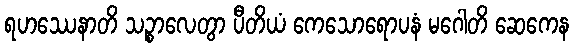
ရဟဿေနာတိ သဉ္စာလေတွာ ပီတိယံ ကေသောရောပနံ မဂေါတိ ဆေကေန